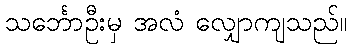
သင်္ဘောဦးမှ အလံ လျှောကျသည်။